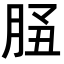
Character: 𦚲